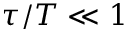
\tau / T \ll 1